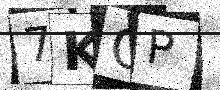
Text: 7KOP